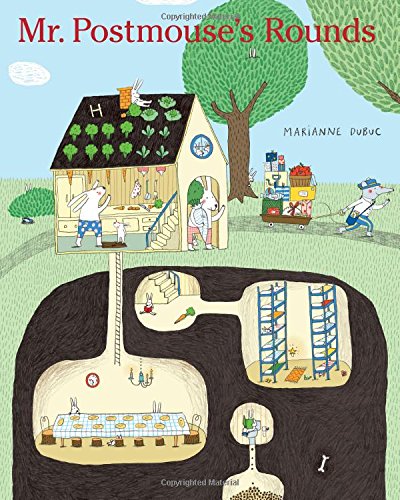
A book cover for Mr. Postmouse's Rounds; Marianne Dubuc; Children's Books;